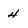
Character: 4